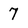
Character: 7